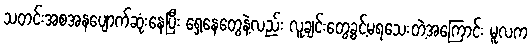
သတင်းအစအနပျောက်ဆုံးနေပြီး ရှေ့နေတွေနဲ့လည်း လူချင်းတွေ့ခွင့်မရသေးတဲ့အကြောင်း မူလက